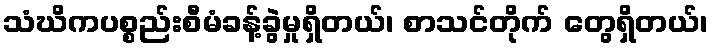
သံဃိကပစ္စည်းစီမံခန့်ခွဲမှုရှိတယ်၊ စာသင်တိုက် တွေရှိတယ်၊